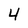
Character: 4